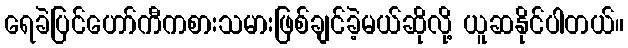
ရေခဲပြင်ဟော်ကီကစားသမားဖြစ်ချင်ခဲ့မယ်ဆိုလို့ ယူဆနိုင်ပါတယ်။